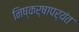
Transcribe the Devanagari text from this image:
निष्कर्षापर्यंत